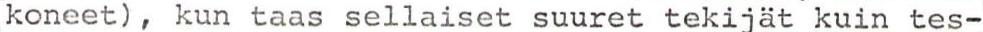
koneet), kun taas sellaiset suuret tekijät kuin tes-